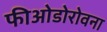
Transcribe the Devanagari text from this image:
फीओडोरोवना